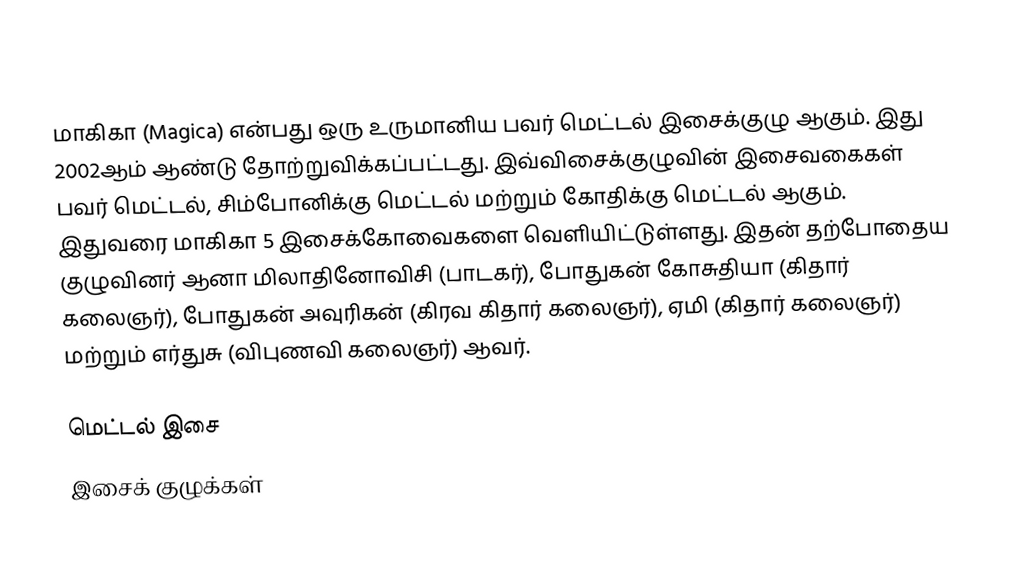
மாகிகா (Magica) என்பது ஒரு உருமானிய பவர் மெட்டல் இசைக்குழு ஆகும். இது 2002ஆம் ஆண்டு தோற்றுவிக்கப்பட்டது. இவ்விசைக்குழுவின் இசைவகைகள் பவர் மெட்டல், சிம்போனிக்கு மெட்டல் மற்றும் கோதிக்கு மெட்டல் ஆகும். இதுவரை மாகிகா 5 இசைக்கோவைகளை வெளியிட்டுள்ளது. இதன் தற்போதைய குழுவினர் ஆனா மிலாதினோவிசி (பாடகர்), போதுகன் கோசுதியா (கிதார் கலைஞர்), போதுகன் அவுரிகன் (கிரவ கிதார் கலைஞர்), ஏமி (கிதார் கலைஞர்) மற்றும் எர்துசு (விபுணவி கலைஞர்) ஆவர்.

மெட்டல் இசை
இசைக் குழுக்கள்